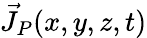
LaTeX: \vec{J}_{P}(x,y,z,t)